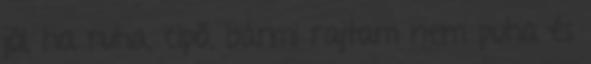
jól, ha ruha, cipő, bármi rajtam nem puha és